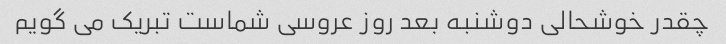
چقدر خوشحالی دوشنبه بعد روز عروسی شماست تبریک می گویم